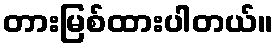
တားမြစ်ထားပါတယ်။